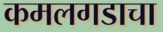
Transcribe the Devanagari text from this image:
कमलगडाचा